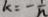
k = - \frac { 1 } { n }